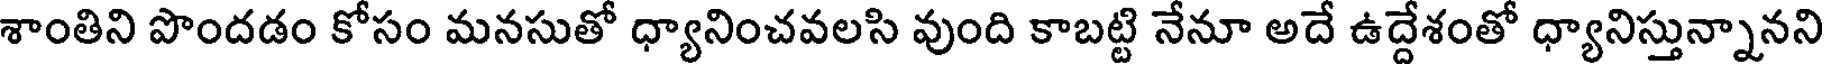
శాంతిని పొందడం కోసం మనసుతో ధ్యానించవలసి వుంది కాబట్టి నేనూ అదే ఉద్దేశంతో ధ్యానిస్తున్నానని